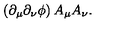
\left( \partial _ { \mu } \partial _ { \nu } \phi \right) A _ { \mu } A _ { \nu } .